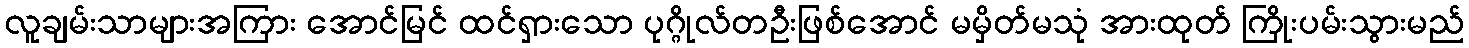
လူချမ်းသာများအကြား အောင်မြင် ထင်ရှားသော ပုဂ္ဂိုလ်တဦးဖြစ်အောင် မမှိတ်မသုံ အားထုတ် ကြိုးပမ်းသွားမည်